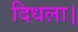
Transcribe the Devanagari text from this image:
दिधला।